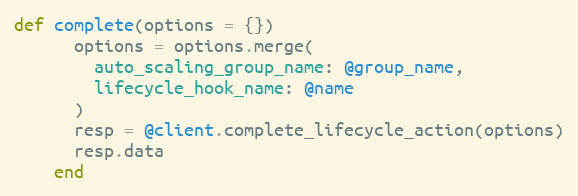
Language: Ruby
def complete(options = {})
      options = options.merge(
        auto_scaling_group_name: @group_name,
        lifecycle_hook_name: @name
      )
      resp = @client.complete_lifecycle_action(options)
      resp.data
    end